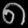
Digit: ၈